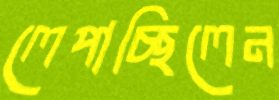
লেপাচ্ছিলেন